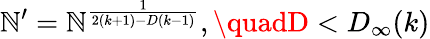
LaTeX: \mathbb{N}^{\prime}=\mathbb{N}^{\frac{{1}}{{2(k+1)-D(k-1)}}},\quadD<D_{\infty}(k)